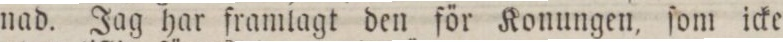
nad. Jag har framlagt den för Konungen, ſom icke